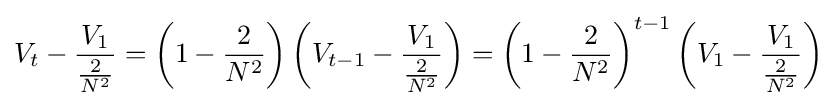
V_{t}-{\frac {V_{1}}{\frac {2}{N^{2}}}}=\left(1-{\frac {2}{N^{2}}}\right)\left(V_{t-1}-{\frac {V_{1}}{\frac {2}{N^{2}}}}\right)=\left(1-{\frac {2}{N^{2}}}\right)^{t-1}\left(V_{1}-{\frac {V_{1}}{\frac {2}{N^{2}}}}\right)